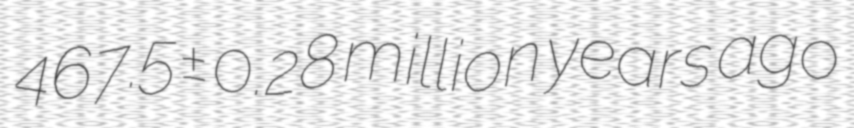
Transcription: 467.5±0.28 million years ago